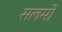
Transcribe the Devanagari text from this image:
सलमों